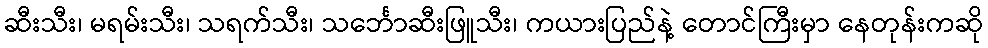
ဆီးသီး၊ မရမ်းသီး၊ သရက်သီး၊ သင်္ဘောဆီးဖြူသီး၊ ကယားပြည်နဲ့ တောင်ကြီးမှာ နေတုန်းကဆို